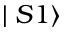
\mid S 1 \rangle